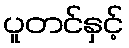
ပူတင်နှင့်